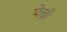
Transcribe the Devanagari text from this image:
फेब्री